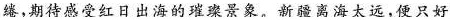
绻，期待感受红日出海的璀璨景象。新疆离海太远，便只好